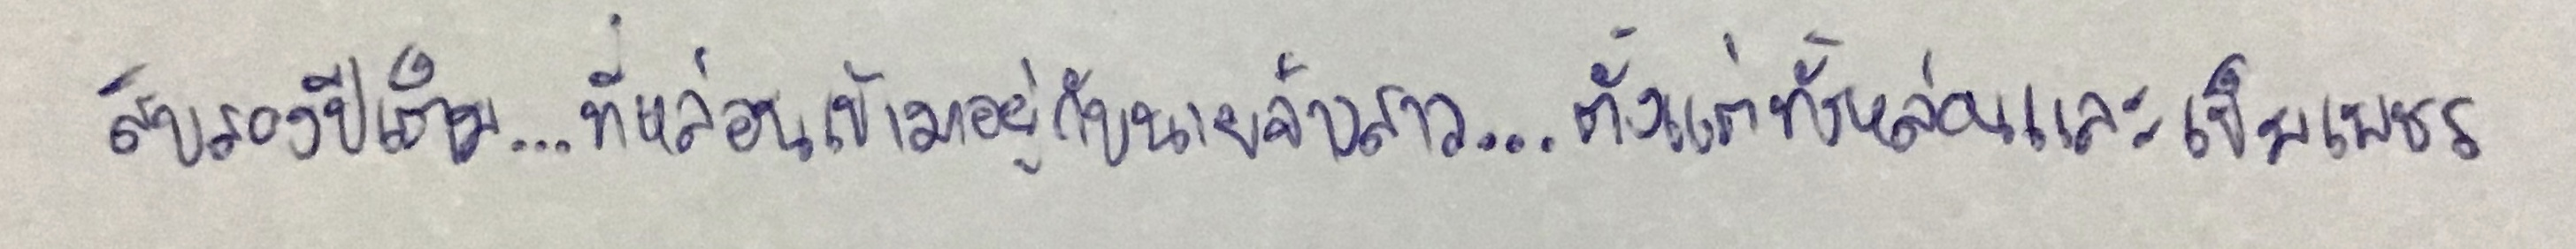
สิบสองปีเต็ม...ที่หล่อนเข้ามาอยู่กับนายจ้างสาว...ตั้งแต่ทั้งหล่อนและเข็มเพชร